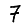
Digit: 7